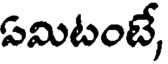
ఏమిటంటే,